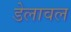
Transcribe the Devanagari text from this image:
डेलावल